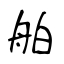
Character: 舶